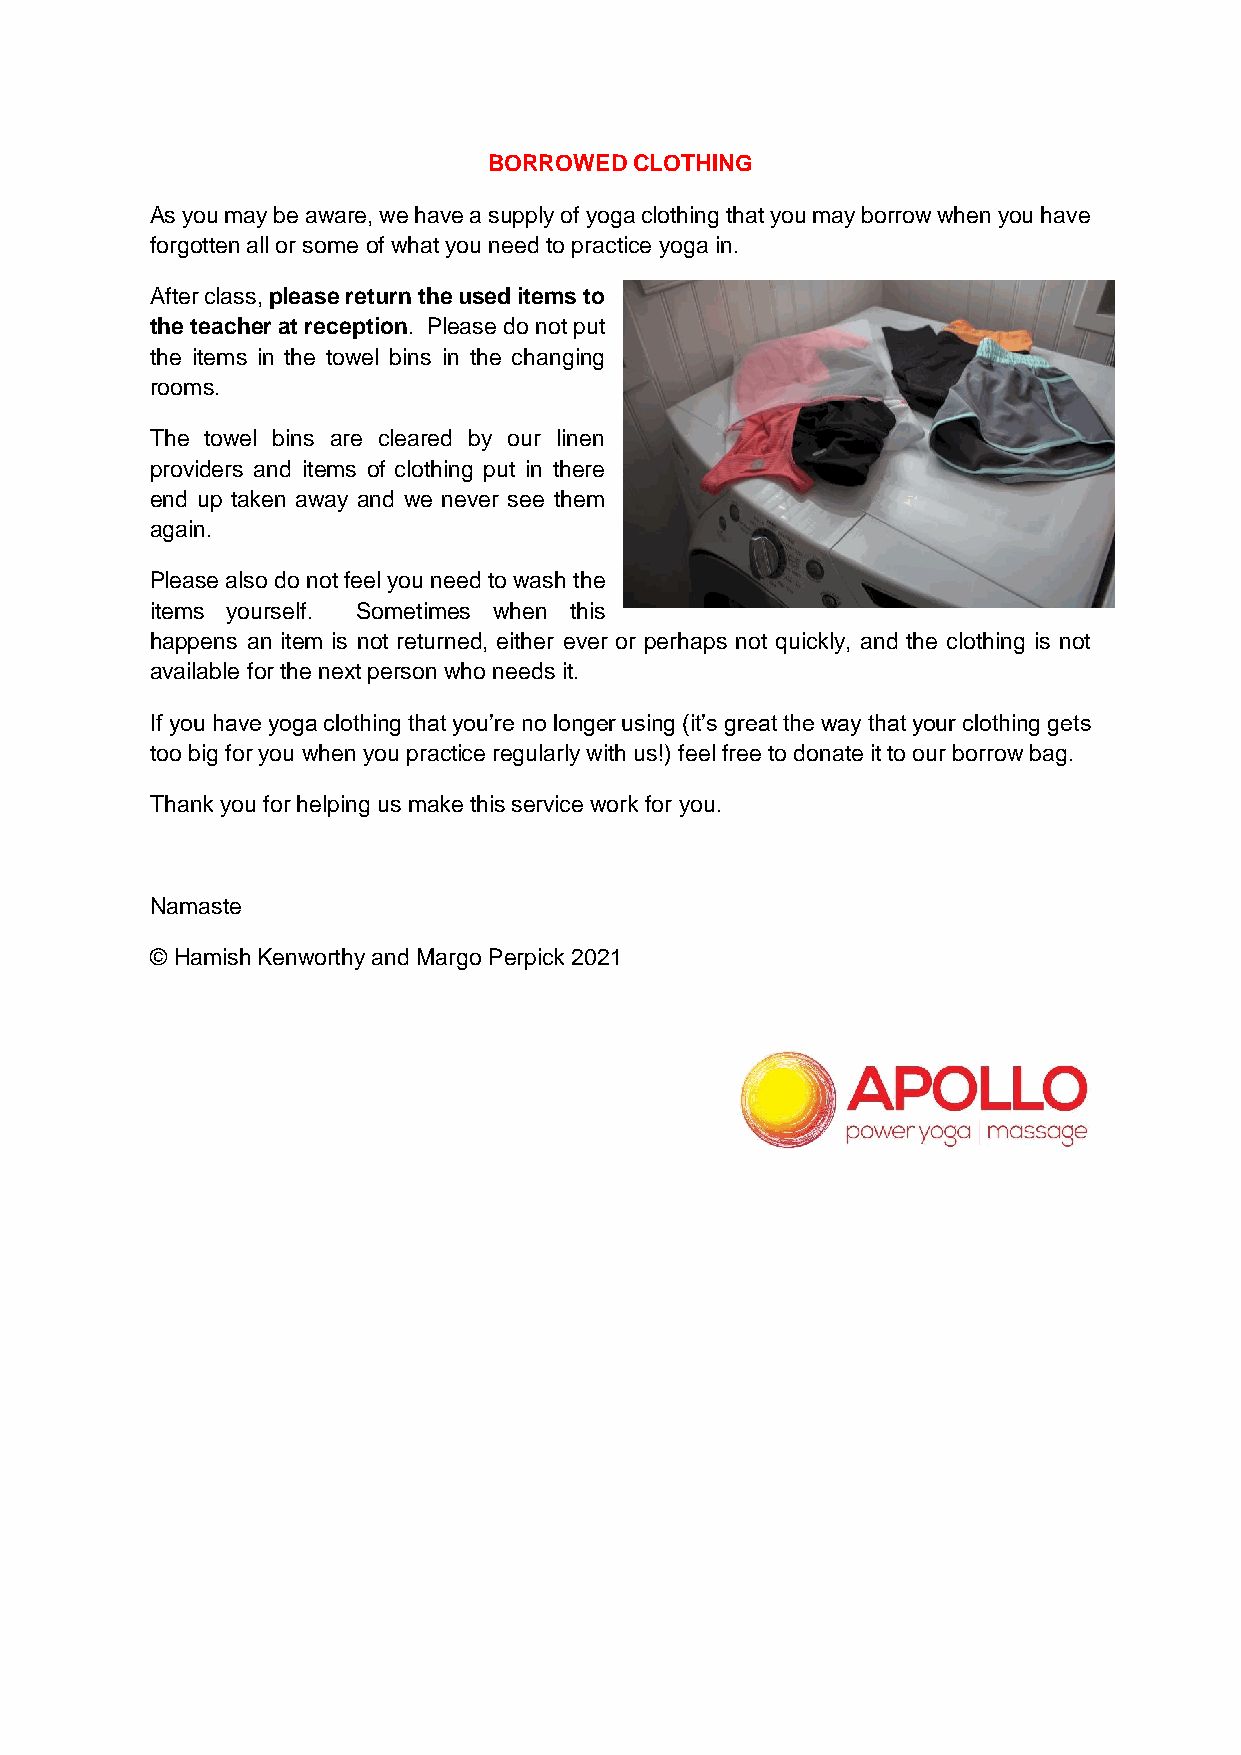
BORROWED  CLOTHING
 As you may be aware, we have a supply of yoga clothing that you may borrow when you have
 forgotten all or some of what you need to practice yoga in.
 After class, please return the used items to
 the teacher at reception. Please do not put
 the items in the towel bins in the changing
 rooms.
 The towel bins are cleared by our linen
 providers and items of clothing put in there
 end up taken away and we never see them
 again.
 Please also do not feel you need to wash the
 items yourself. Sometimes when this
 happens an item is not returned, either ever or perhaps not quickly, and the clothing is not
 available for the next person who needs it.
 If you have yoga clothing that you’re no longer using (it’s great the way that your clothing gets
 too big for you when you practice regularly with us!) feel free to donate it to our borrow bag.
 Thank you for helping us make this service work for you.
 Namaste
 © Hamish Kenworthy and Margo Perpick 2021